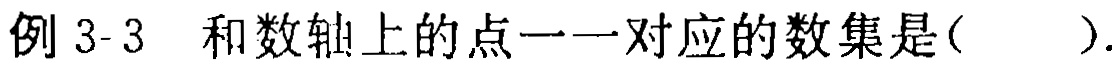
例 3-3 和数轴上的点一一对应的数集是( ).